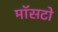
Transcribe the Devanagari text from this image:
मॉसटो